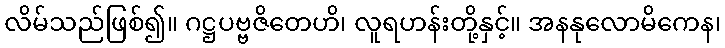
လိမ်သည်ဖြစ်၍။ ဂဋ္ဌပဗ္ဗဇိတေဟိ၊ လူရဟန်းတို့နှင့်။ အနနုလောမိကေန၊